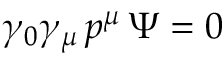
\gamma _ { 0 } \gamma _ { \mu } \, p ^ { \mu } \, \Psi = 0